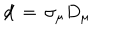
\not \! d \, = \, \sigma _ { \mu } D _ { \mu }